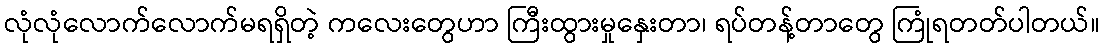
လုံလုံလောက်လောက်မရရှိတဲ့ ကလေးတွေဟာ ကြီးထွားမှုနှေးတာ၊ ရပ်တန့်တာတွေ ကြုံရတတ်ပါတယ်။